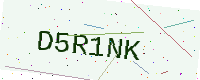
Text: D5R1NK